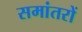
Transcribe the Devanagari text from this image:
समांतरों